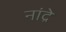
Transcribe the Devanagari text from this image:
नांद्रे